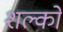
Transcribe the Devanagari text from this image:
शल्‍कों